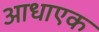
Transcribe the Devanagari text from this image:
आधाएक